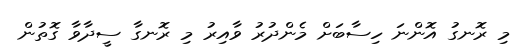
މި ރޮނގު އޮންނަ ހިސާބަށް މެންދުރު ވާއިރު މި ރޮނގާ ސީދާވާ ގޮތުން